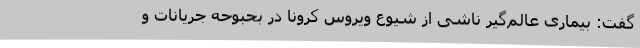
گفت: بیماری عالم‌گیر ناشی از شیوع ویروس کرونا در بحبوحه جریانات و